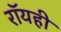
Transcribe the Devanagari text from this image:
रॉयही